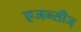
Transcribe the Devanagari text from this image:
एजन्सीज्